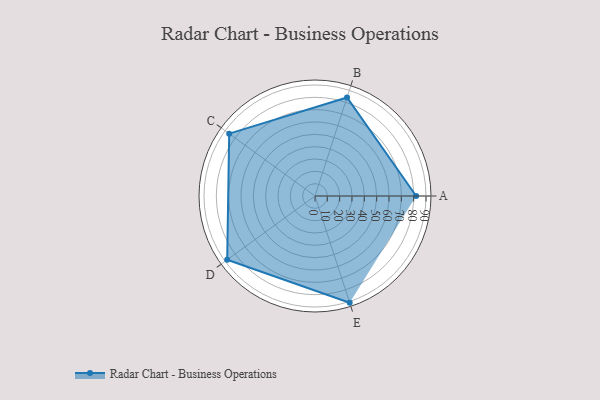
{"axis": {"x": "Skill", "y": "Score"}, "legend": ["Profile"], "data": [{"x": "A", "y": 82.0, "type": "Profile"}, {"x": "B", "y": 84.0, "type": "Profile"}, {"x": "C", "y": 86.0, "type": "Profile"}, {"x": "D", "y": 88.0, "type": "Profile"}, {"x": "E", "y": 91.0, "type": "Profile"}]}